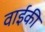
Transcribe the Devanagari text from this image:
वाईकी